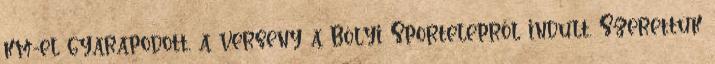
km-el gyarapodott, a verseny a Bólyi Sportelepről indult. Szerettük